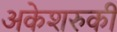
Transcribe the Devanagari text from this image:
अकेशरुकी